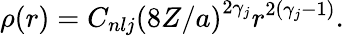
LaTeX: \rho(r)=C_{nlj}\left(8Z/a\right)^{2\gamma_{j}}r^{2(\gamma_{j}-1)}.